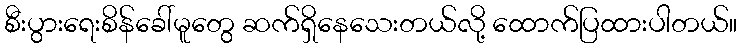
စီးပွားရေးစိန်ခေါ်မူတွေ ဆက်ရှိနေသေးတယ်လို့ ထောက်ပြထားပါတယ်။